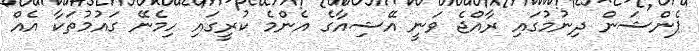
ޕެންޝަން ދިނުމުގައި ރާއްޖެ ވަނީ އޭޝިއާގެ އެންމެ ކުރީގައި ހިމެނޭ ގައުމުތަކާ އެެއް